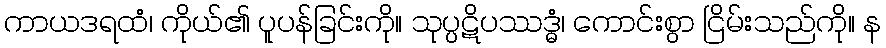
ကာယဒရထံ၊ ကိုယ်၏ ပူပန်ခြင်းကို။ သုပ္ပဋိပဿဒ္ဓံ၊ ကောင်းစွာ ငြိမ်းသည်ကို။ န